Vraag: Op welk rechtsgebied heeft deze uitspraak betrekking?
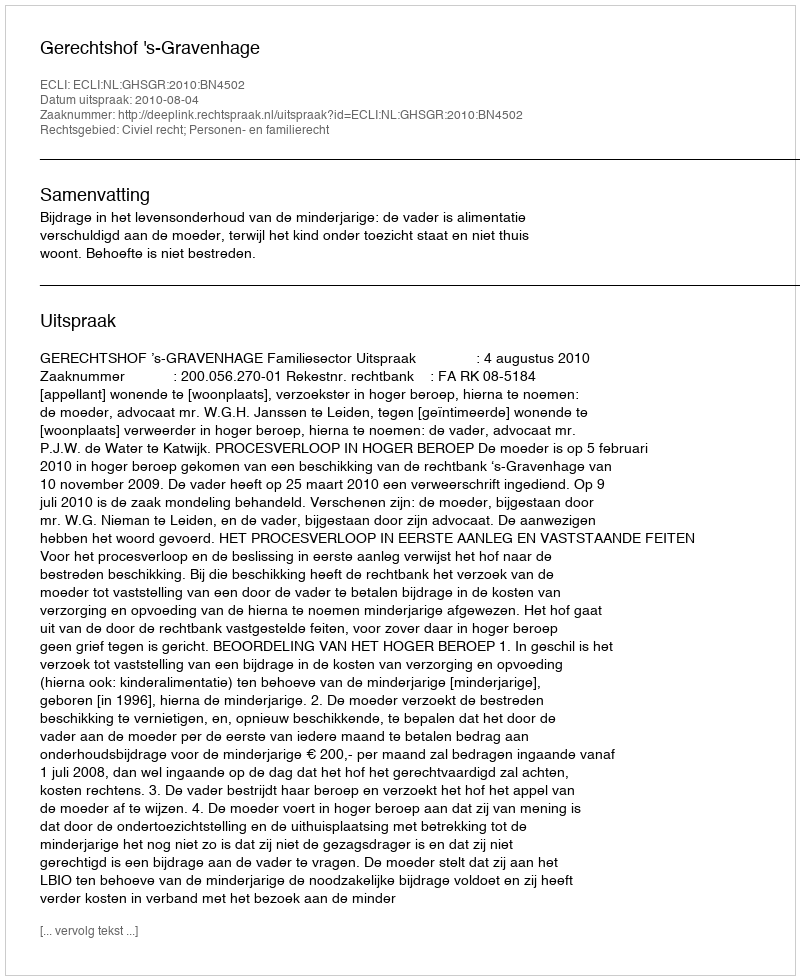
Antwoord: Civiel recht; Personen- en familierecht